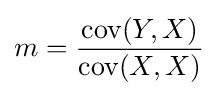
m={\frac {\operatorname {cov} (Y,X)}{\operatorname {cov} (X,X)}}